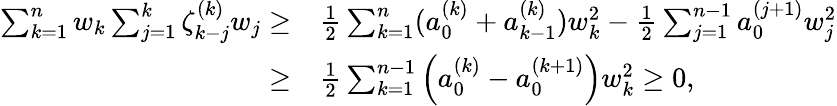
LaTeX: \begin{array}{rl}{\sum_{k=1}^{n}w_{k}\sum_{j=1}^{k}\zeta_{k-j}^{(k)}w_{j}\ge}&{\frac{1}{2}\sum_{k=1}^{n}(a_{0}^{(k)}+a_{k-1}^{(k)})w_{k}^{2}-\frac{1}{2}\sum_{j=1}^{n-1}a_{0}^{(j+1)}w_{j}^{2}}\\ {\ge}&{\frac{1}{2}\sum_{k=1}^{n-1}\Big(a_{0}^{(k)}-a_{0}^{(k+1)}\Big)w_{k}^{2}\ge 0,}\end{array}